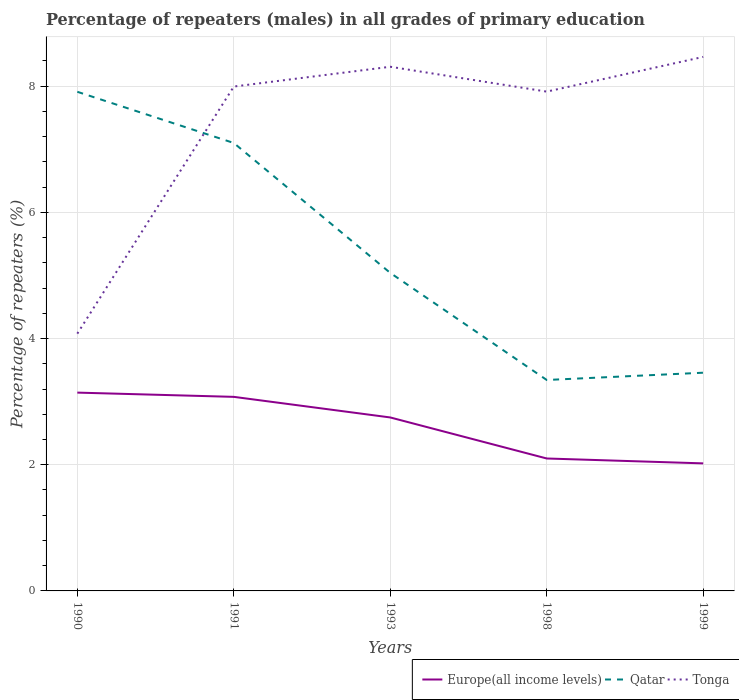
| Years | Europe(all income levels) | Qatar | Tonga |
 | --- | --- | --- | --- |
 | 1990 | 3.14 | 7.91 | 4.08 |
 | 1991 | 3.08 | 7.1 | 7.99 |
 | 1993 | 2.75 | 5.04 | 8.31 |
 | 1998 | 2.1 | 3.34 | 7.91 |
 | 1999 | 2.02 | 3.46 | 8.46 |